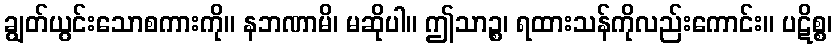
ချွတ်ယွင်းသောစကားကို။ နဘဏာမိ၊ မဆိုပါ။ ဤသာဉ္စ၊ ရထားသန်ကိုလည်းကောင်း။ ပဋိစ္စ၊